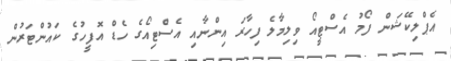
އެޕްލިކޭޝަން ފޯމު އެސްޓީއޯ ވިލިމާލެ ފިހާރަ އިންނާއި އެސްޓިއޯގެ ހެޑް އޮފީހުގެ ކައުންޓަރުން